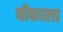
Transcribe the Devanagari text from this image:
चीकाला